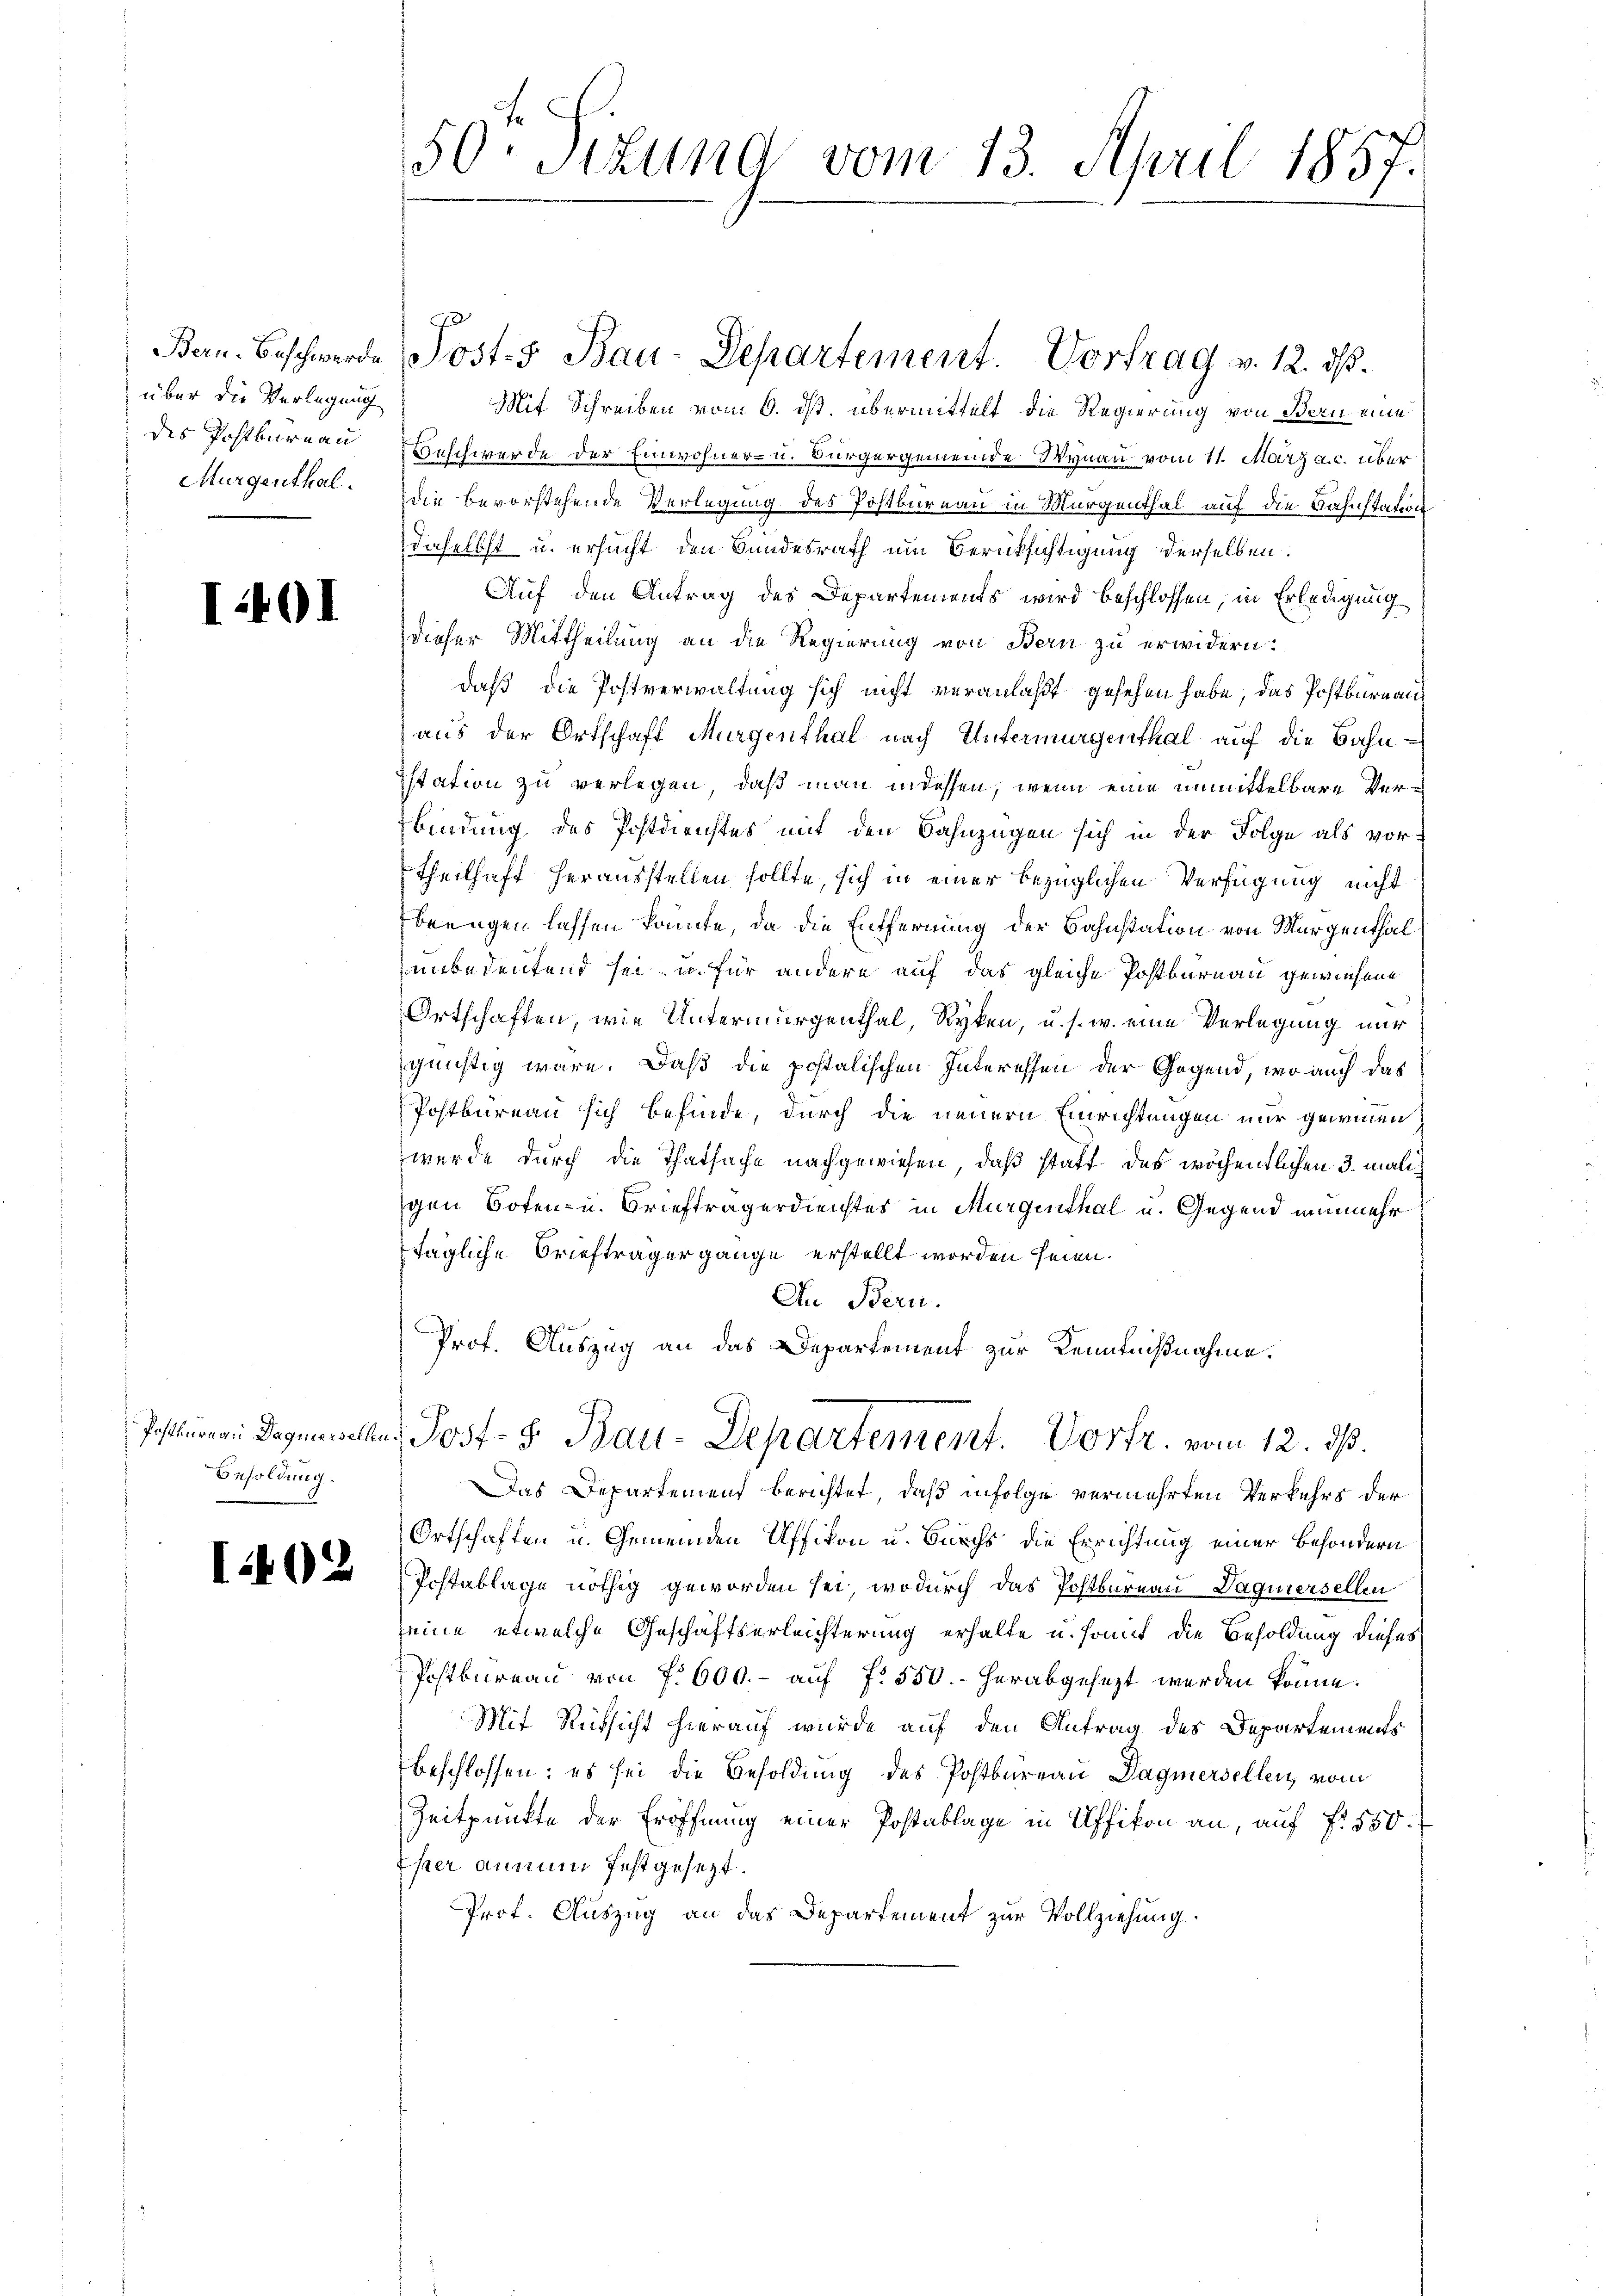
Bern. Beschwerde
über die Verlegung
des Postbureau
Murgenthal.

I401

Postlureau Dagnersellen
Besoldung.

I

2

50. Sekund vom 13. April 1857.

Mit Schreiben vom 6. ds. übermittelt die Regierung von Bern eine
Beschwerde der Einwohner- u. Bürgergemeinde Wynau vom 11. März a.c. über
die bevorstehende Verlegung des Postbureau in Murgenthal auf die Bahnstaten
daselbst u. ersucht den Bundesrath um Berücksichtigung derselben.
Auf den Antrag des Departements wird beschlossen, in Erledigung
dieser Mittheilung an die Regierung von Bern zu erwidern:
daß die Postverwaltung sich nicht veranlaßt gesehen habe, das Postbureau
aus der Ortschaft Murgenthal nach Untermurgenthal auf die Bahn¬
Istation zu verlegen, daß man indessen, wenn eine unmittelbare Verbindung des Postdirechtes mit den Bahnzügen sich in der Folge als vor-
Theilhaft herausstellen sollte, sich in einer bezüglichen Verfügung nicht
beengen lassen könnte, da die Entfernung der Bahnstation von Morgenthal
unbedeutend sei, u. für andere auf das gleiche Postburnau gewiesene
Ortschaften, wie Untermurgenthal, Ryken, u. s. w. eine Verlegung nur
günstig wäre. Daß die postalischen Interessen der Gegend, wo auch das
Postbureau sich befinde, durch die neuern Einrichtungen nur gewinen
wurde durch die Thatsache nachgewiesen, daß statt des wöchentlichen 3 maligen Boten- u. Briefträgerdienster in Murgenthal u. Gegend nunmehr
tägliche Briefträgergange erstellt worden seien.
In Bern.
Prof. Auszug an das Departement zur Kenntnißnahme.
Post- & Bau-Departement. Vortr. vom 12. ds.
Das Departement berichtet, daß in Folge vermehrten Verkehrs der
Ortschaften u. Gemeinden Affikon u. Burchs die Errichtung einer Besondern
Postablage nöthig geworden sei, wodurch das Postbureau Daguiersellen
eine etwelche Geschäftserleichterung erhalte u. somit die Besoldung dieses
Postbureau von f. 600.- auf f. 550.- herabgesezt werden könne.
Mit Rücksicht hierauf wurde auf den Antrag des Departements
beschlossen; es sei die Besoldung des Postbureau Sagmersellen, vom
Zeitpunkte der Eröffnung einer Postablage in Affikon an, auf fr 550.
her annum festgesezt.
Prof. Auszug an das Departement zur Vollziehung.

Josts Bau-Departement. Vortrag v. 12. dß.